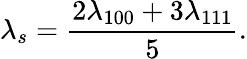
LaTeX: \lambda_{s}=\frac{2\lambda_{100}+3\lambda_{111}}{5}.